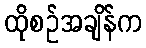
ထိုစဉ်အချိန်က